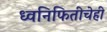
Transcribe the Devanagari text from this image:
ध्वनिफितीचेही